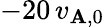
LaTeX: {-20\, v_{\mathbf{A},0}}